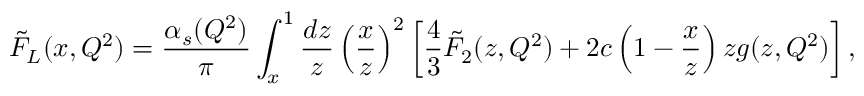
\tilde { F } _ { L } ( x , Q ^ { 2 } ) = \frac { \alpha _ { s } ( Q ^ { 2 } ) } { \pi } \int _ { x } ^ { 1 } \frac { d z } { z } \left( \frac { x } { z } \right) ^ { 2 } \left[ \frac { 4 } { 3 } \tilde { F } _ { 2 } ( z , Q ^ { 2 } ) + 2 c \left( 1 - \frac { x } { z } \right) z g ( z , Q ^ { 2 } ) \right] ,